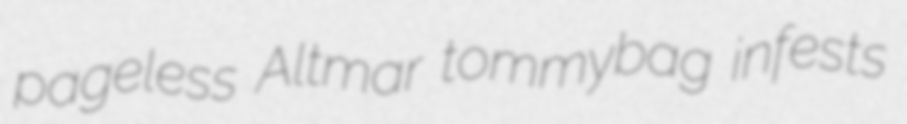
pageless Altmar tommybag infests